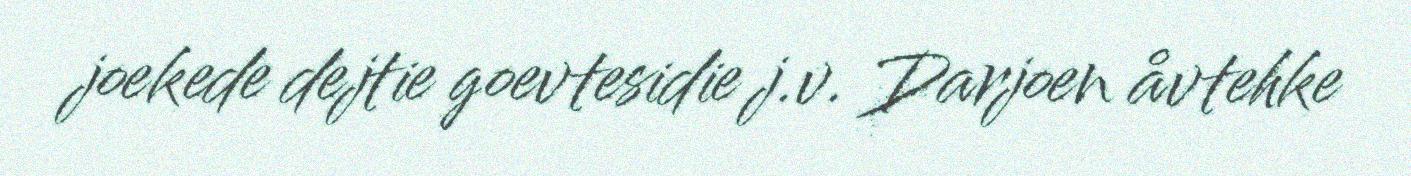
joekede dejtie goevtesidie j.v. Darjoen åvtehke